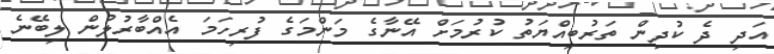
އަދި ދެ ކުދިން ތަރުބިއްޔަތު ކުރުމަށް އޭނާގެ މަންމަގެ ފުރިހަމަ އެއްބާރުލުން ލިބޭނެ